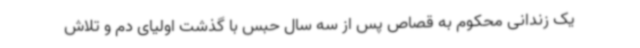
یک زندانی محکوم به قصاص پس از سه سال حبس با گذشت اولیای دم و تلاش